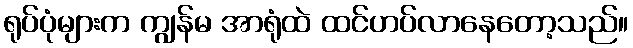
ရုပ်ပုံများက ကျွန်မ အာရုံထဲ ထင်ဟပ်လာနေတော့သည်။